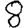
Digit: 8